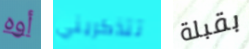
أوه تتذكريني بقبلة